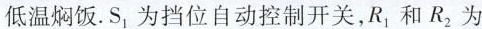
低温焖饭. S_{1} 为挡位自动控制开关，R_{1} 和R_{2} 为